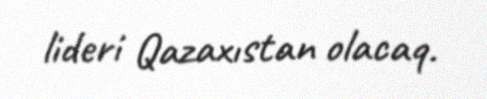
lideri Qazaxıstan olacaq.